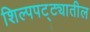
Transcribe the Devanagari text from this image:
शिल्पपट्ट्यातील